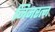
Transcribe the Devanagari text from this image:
जिनरत्न